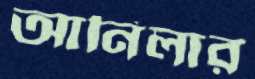
আনিলার